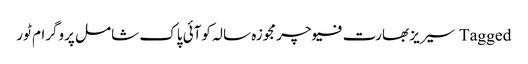
Tagged سیریز بھارت فیوچر مجوزہ سالہ کوآئی پاک شامل پروگرام ٹور